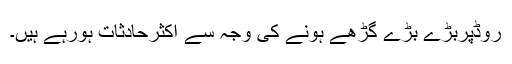
روڈپربڑے بڑے گڑھے ہونے کی وجہ سے اکثرحادثات ہورہے ہیں۔